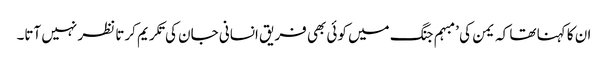
ان کا کہنا تھا کہ یمن کی ’مبہم جنگ میں کوئی بھی فریق انسانی جان کی تکریم کرتا نظر نہیں آتا۔